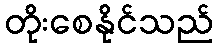
တိုးစေနိုင်သည်